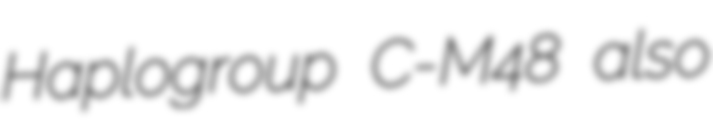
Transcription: Haplogroup C-M48 also